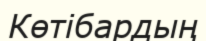
Көтібардың